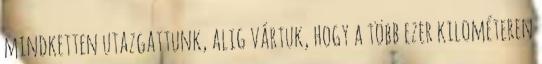
mindketten utazgattunk, alig vártuk, hogy a több ezer kilométeren